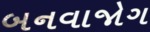
બનવાજોગ